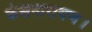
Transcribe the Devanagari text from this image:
कंसनारायण।